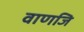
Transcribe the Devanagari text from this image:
वाणजि